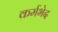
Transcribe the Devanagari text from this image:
कर्मभेद